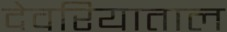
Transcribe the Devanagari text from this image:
देवरियाताल